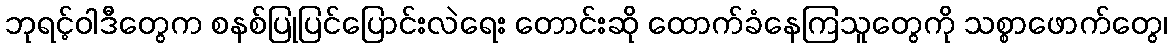
ဘုရင့်ဝါဒီတွေက စနစ်ပြုပြင်ပြောင်းလဲရေး တောင်းဆို ထောက်ခံနေကြသူတွေကို သစ္စာဖောက်တွေ၊